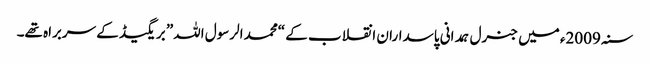
سنہ 2009ء میں جنرل ہمدانی پاسداران انقلاب کے “محمد الرسول اللہ” بریگیڈ کے سربراہ تھے۔